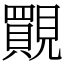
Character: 䚑